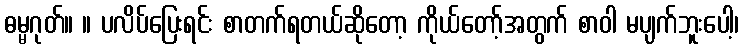
ဓမ္မဂုတ်။ ။ ပလိပ်ပြေးရင်း စာတက်ရတယ်ဆိုတော့ ကိုယ်တော့်အတွက် စာဝါ မပျက်ဘူးပေါ့၊